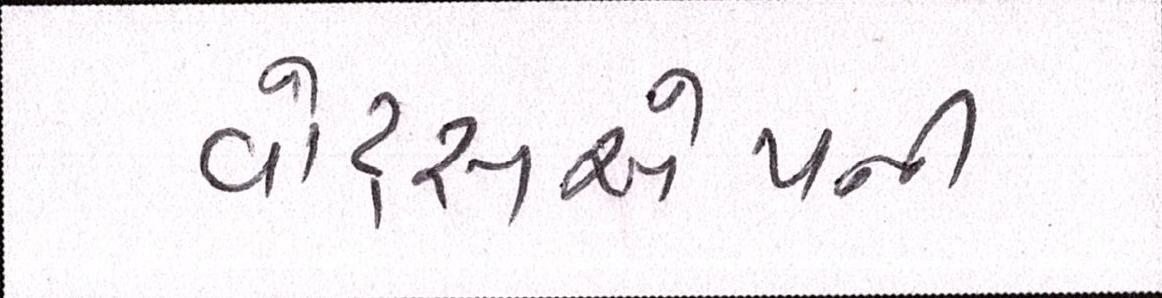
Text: વોટ્સએપની